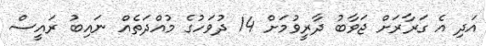
އަދި އެ ގަރާރަށް ޖަވާބު ދާރީވުމަށް 14 ދުވަހުގެ މުއްދަތެއް ނައިބު ރައީސް